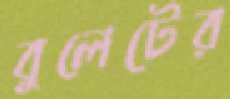
বুলেটের